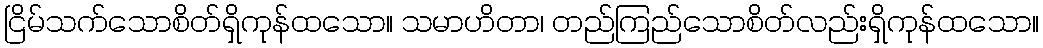
ငြိမ်သက်သောစိတ်ရှိကုန်ထသော။ သမာဟိတာ၊ တည်ကြည်သောစိတ်လည်းရှိကုန်ထသော။